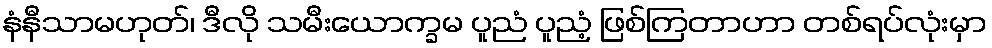
နံနီသာမဟုတ်၊ ဒီလို သမီးယောက္ခမ ပူညံ ပူညံ့ ဖြစ်ကြတာဟာ တစ်ရပ်လုံးမှာ